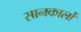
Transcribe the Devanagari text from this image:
सानकार्लो